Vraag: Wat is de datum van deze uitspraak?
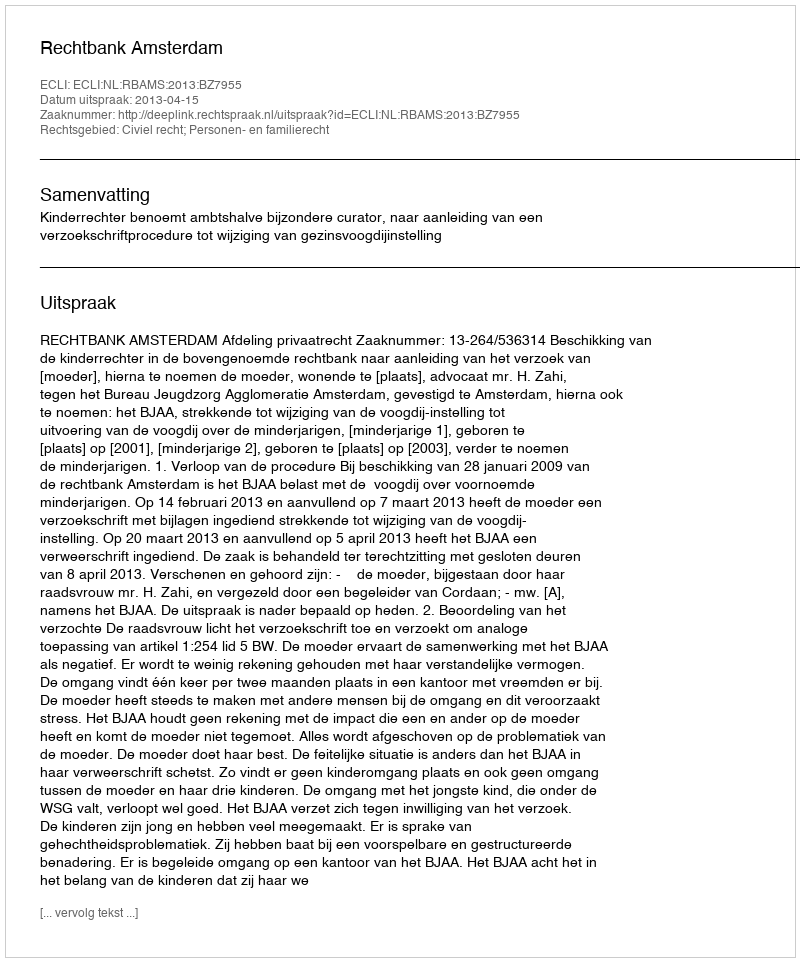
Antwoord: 2013-04-15